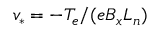
v _ { * } = - T _ { e } / ( e B _ { x } L _ { n } )